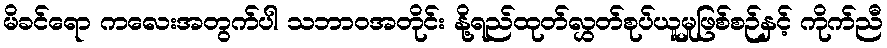
မိခင်ရော ကလေးအတွက်ပါ သဘာဝအတိုင်း နို့ရည်ထုတ်လွှတ်စုပ်ယူမှုဖြစ်စဉ်နှင့် ကိုက်ညီ